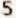
5